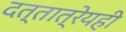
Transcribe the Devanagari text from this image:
दत्तात्रेयही